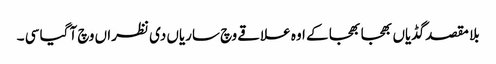
بلا مقصد گڈیاں بھجا بھجا کے اوہ علاقے وچ ساریاں دی نظرا ں وچ آ گیا سی ۔